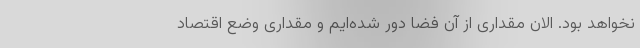
نخواهد بود. الان مقداری از آن فضا دور شده‌ایم و مقداری وضع اقتصاد